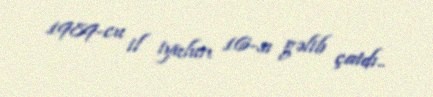
1989-cu il iyulun 16-sı gəlib çatdı..